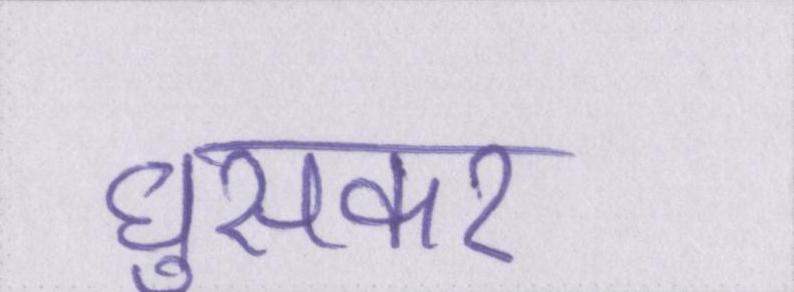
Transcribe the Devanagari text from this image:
घुसकर